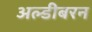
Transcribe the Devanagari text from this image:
अल्डीबरन